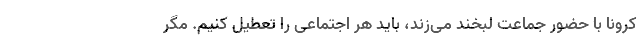
کرونا با حضور جماعت لبخند می‌زند، باید هر اجتماعی را تعطیل کنیم. مگر